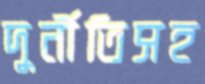
দুর্নীতিসহ